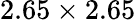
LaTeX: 2.65\times 2.65